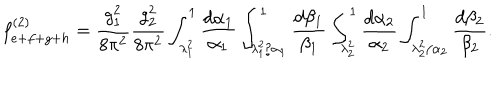
f _ { e + f + g + h } ^ { ( 2 ) } = \frac { g _ { 1 } ^ { 2 } } { 8 \pi ^ { 2 } } \frac { g _ { 2 } ^ { 2 } } { 8 \pi ^ { 2 } } \int _ { \lambda _ { 1 } ^ { 2 } } ^ { 1 } \frac { d \alpha _ { 1 } } { \alpha _ { 1 } } \int _ { \lambda _ { 1 } ^ { 2 } / \alpha _ { 1 } } ^ { 1 } \frac { d \beta _ { 1 } } { \beta _ { 1 } } \int _ { \lambda _ { 2 } ^ { 2 } } ^ { 1 } \frac { d \alpha _ { 2 } } { \alpha _ { 2 } } \int _ { \lambda _ { 2 } ^ { 2 } / \alpha _ { 2 } } ^ { 1 } \frac { d \beta _ { 2 } } { \beta _ { 2 } } .